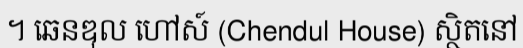
។ ឆេនឌុល ហៅស៍ (Chendul House) ស្ថិតនៅ